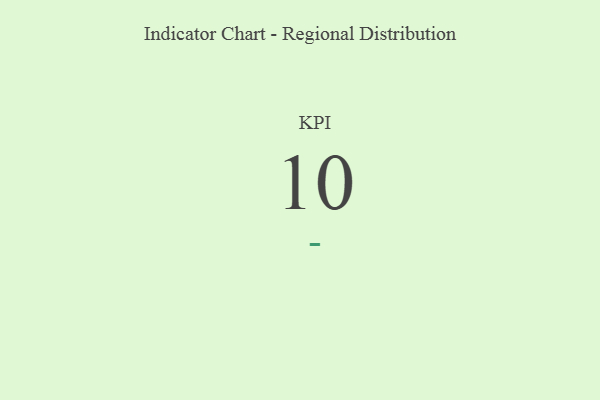
{"axis": {"x": "KPI", "y": "Value"}, "legend": [""], "data": [{"x": "KPI", "y": 10, "type": ""}]}